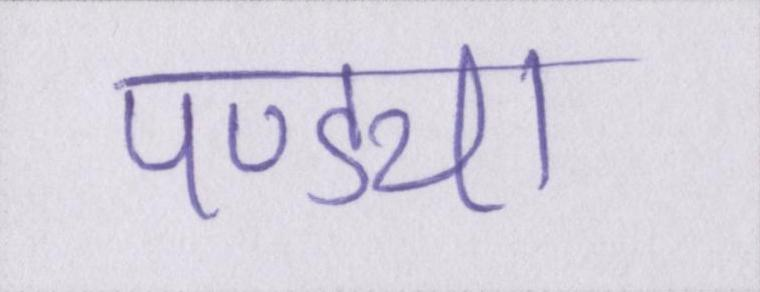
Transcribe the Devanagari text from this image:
पण्ड्या